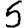
Digit: 5